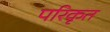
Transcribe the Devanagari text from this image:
परिकृत